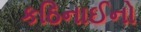
કઠિનાઈનો